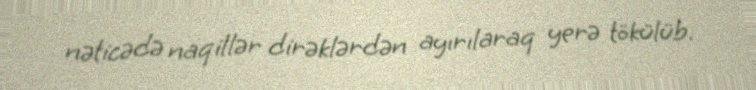
nəticədə naqillər dirəklərdən ayırılaraq yerə tökülüb.